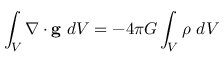
\int _ { V } \nabla \cdot \mathbf { g } \ d V = - 4 \pi G \int _ { V } \rho \ d V